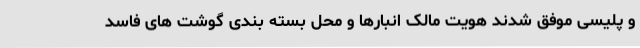
و پلیسی موفق شدند هویت مالک انبارها و محل بسته بندی گوشت های فاسد